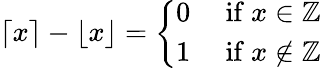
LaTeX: \lceil x\rceil-\lfloor x\rfloor={\left\{ \begin{array}{ll}{0}&{{\mathrm{~if~}}x\in\mathbb{Z}}\\ {1}&{{\mathrm{~if~}}x\not\in\mathbb{Z}}\end{array}\right.}